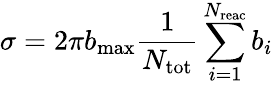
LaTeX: \sigma=2\pi b_{\mathrm{max}}{\frac{1}{N_{\mathrm{tot}}}\sum_{i=1}^{N_{\mathrm{reac}}}b_{i}}